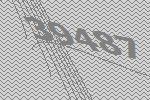
39487